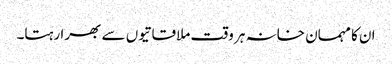
ان کا مہمان خانہ ہر وقت ملاقاتیوں سے بھرا رہتا۔